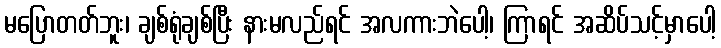
မပြောတတ်ဘူး၊ ချစ်ရုံချစ်ပြီး နားမလည်ရင် အလကားဘဲပေါ့၊ ကြာရင် အဆိပ်သင့်မှာပေါ့